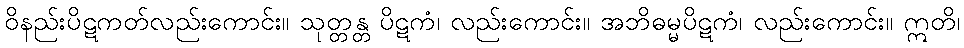
ဝိနည်းပိဋကတ်လည်းကောင်း။ သုတ္တန္တ ပိဋကံ၊ လည်းကောင်း။ အဘိဓမ္မပိဋကံ၊ လည်းကောင်း။ ဣတိ၊